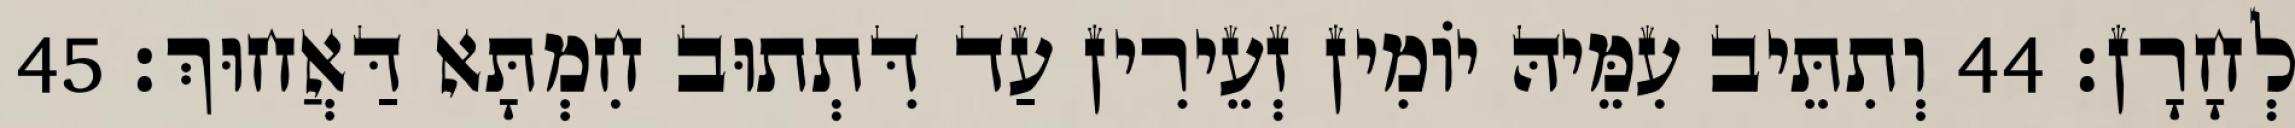
לְחָרָן׃ 44 וְתִתֵּיב עִמֵּיהּ יוֹמִין זְעֵירִין עַד דִּתְתוּב חִמְתָּא דַּאֲחוּךְ׃ 45